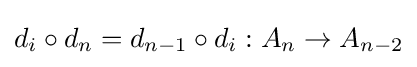
d_{i}\circ d_{n}=d_{n-1}\circ d_{i}:A_{n}\to A_{n-2}